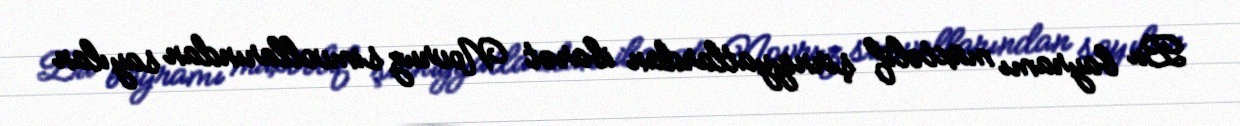
Bu bayramı müxtəlif şirniyyatlardan ibarət Novruz simvollarından sayılan